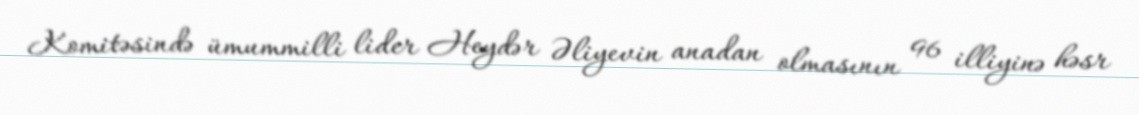
Komitəsində ümummilli lider Heydər Əliyevin anadan olmasının 96 illiyinə həsr